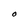
Character: O